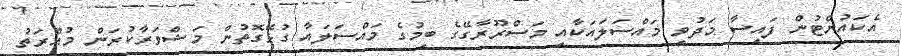
އެކައުންޓުން ފައިސާ މަދުވި މައްސަލައަކާއި މަސްރޫރާގޭގެ ބިމުގެ މައްސަލައާ ގުޅޭގޮތުން މަޝްވަރާކުރަން މުއްރަތު